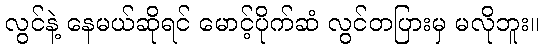
လွင်နဲ့ နေမယ်ဆိုရင် မောင့်ပိုက်ဆံ လွင်တပြားမှ မလိုဘူး။